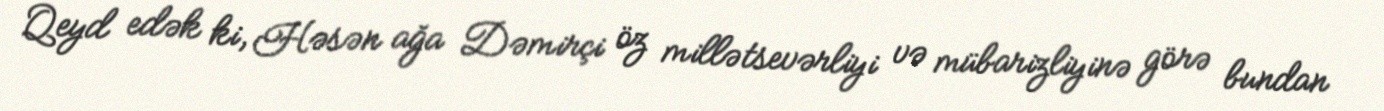
Qeyd edək ki, Həsən ağa Dəmirçi öz millətsevərliyi və mübarizliyinə görə bundan